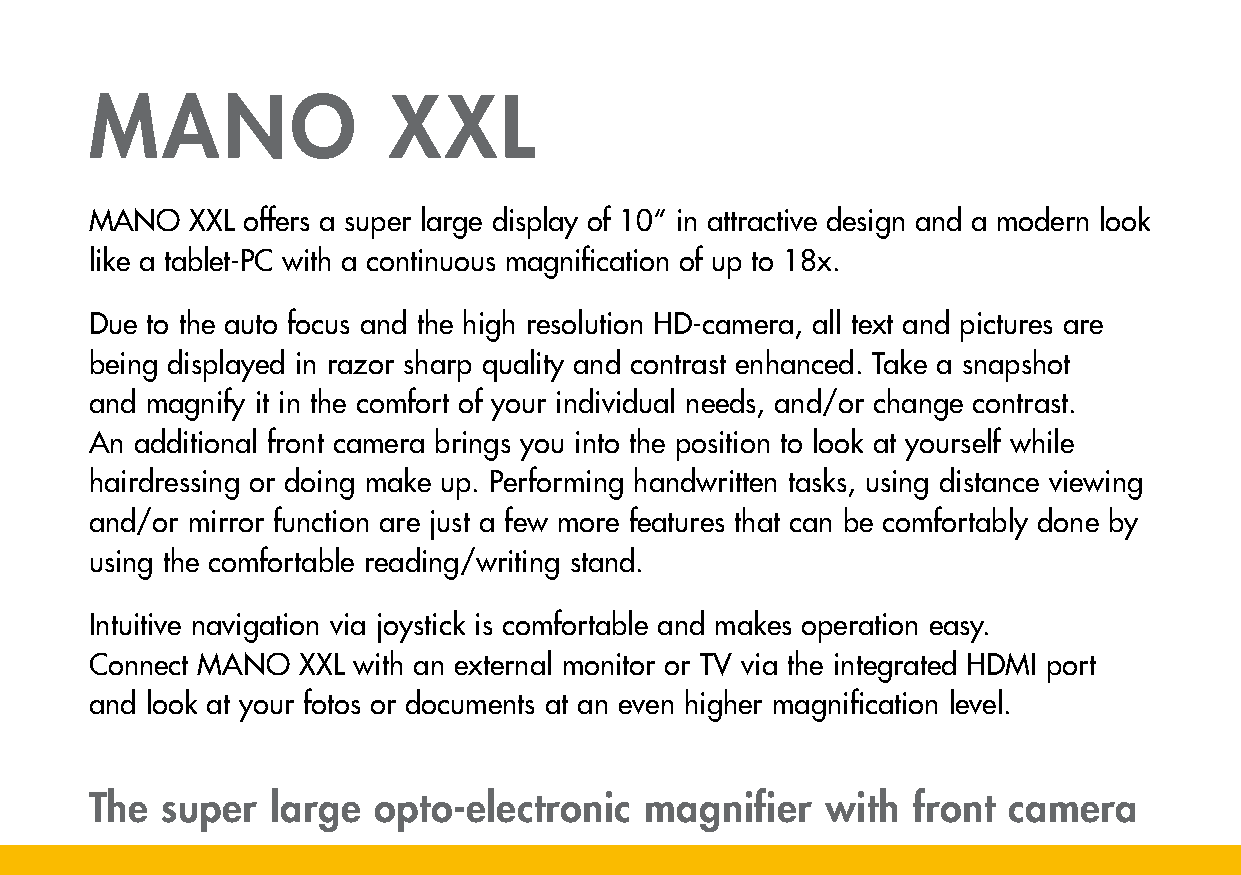
MANO                XXL
 MANO   XXL offers a super large display of 10“ in attractive design and a modern look
 like a tablet-PC with a continuous magnification of up to 18x.
 Due to the auto focus and the high resolution HD-camera, all text and pictures are
 being displayed in razor sharp quality and contrast enhanced. Take a snapshot
 and magnify it in the comfort of your individual needs, and/or change contrast.
 An additional front camera brings you into the position to look at yourself while
 hairdressing or doing make up. Performing handwritten tasks, using distance viewing
 and/or mirror function are just a few more features that can be comfortably done by
 using the comfortable reading/writing stand.
 Intuitive navigation via joystick is comfortable and makes operation easy.
 Connect MANO  XXL with an external monitor or TV via the integrated HDMI port
 and look at your fotos or documents at an even higher magnification level.
 The  super  large  opto-electronic   magnifier   with front  camera